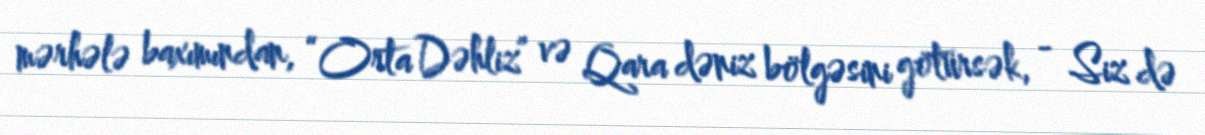
mərhələ baxımından, “Orta Dəhliz” və Qara dəniz bölgəsini götürsək, - Siz də